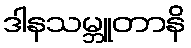
ဒါနသမ္ဘူတာနိ